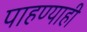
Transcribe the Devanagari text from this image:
पाहण्याही